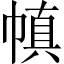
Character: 𫷊